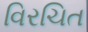
વિરચિત